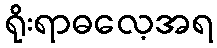
ရိုးရာဓလေ့အရ